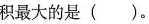
积最大的是( )。